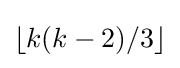
\lfloor k(k-2)/3\rfloor